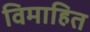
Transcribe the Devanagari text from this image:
विमाहित